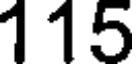
115